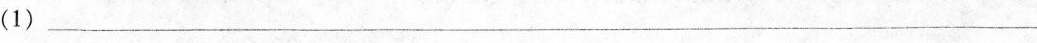
(1)___